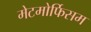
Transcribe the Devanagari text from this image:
मेटमोर्फिसम